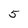
Character: 5